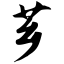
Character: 芗